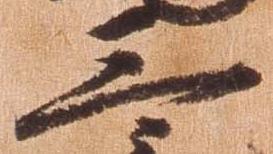
三